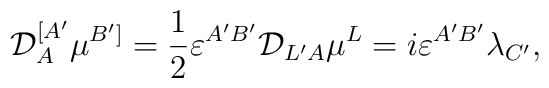
{\cal D}^{[A'}_A\mu^{B']}=\frac{1}{2}\varepsilon^{A'B'}{\cal D}_{L'A}\mu^L=i\varepsilon^{A'B'}\lambda_{C'},